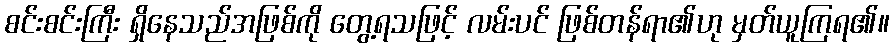
စင်းစင်းကြီး ရှိနေသည်အဖြစ်ကို တွေ့ရသဖြင့် လမ်းပင် ဖြစ်တန်ရာ၏ဟု မှတ်ယူကြရ၏။